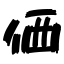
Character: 価